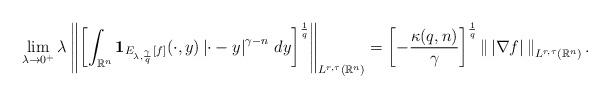
LaTeX: \begin{align*}&\lim_{\lambda\to0^+}\lambda\left\|\left[\int_{\mathbb{R}^n}\mathbf{1}_{E_{\lambda,\frac{\gamma}{q}}[f]}(\cdot,y)\left|\cdot-y\right|^{\gamma-n}\,dy\right]^\frac{1}{q}\right\|_{L^{r,\tau}(\mathbb{R}^n)}=\left[-\frac{\kappa(q,n)}{\gamma}\right]^\frac{1}{q}\left\|\,\left|\nabla f\right|\,\right\|_{L^{r,\tau}(\mathbb{R}^n)}.\end{align*}